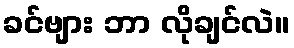
ခင်ဗျား ဘာ လိုချင်လဲ။